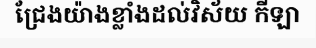
ជ្រែងយ៉ាងខ្លាំងដល់វិស័យ កីឡា